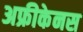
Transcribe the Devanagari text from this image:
अफ्रीकेनस